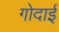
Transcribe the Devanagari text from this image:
गोदाई